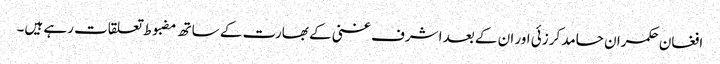
افغان حکمران حامد کرزئی اور ان کے بعد اشرف غنی کے بھارت کے ساتھ مضبوط تعلقات رہے ہیں۔